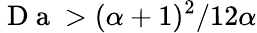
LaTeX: \mathrm{~D~a~}>(\alpha+1)^{2}/12\alpha